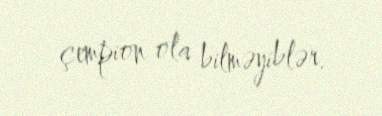
çempion ola bilməyiblər.